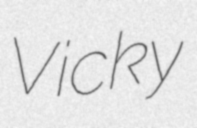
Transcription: Vicky